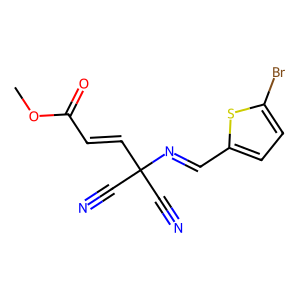
SMILES: COC(=O)C=CC(C#N)(C#N)N=Cc1ccc(Br)s1
Inhibits HIV replication: No